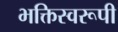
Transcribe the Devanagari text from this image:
भक्तिस्वरूपी